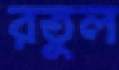
রতুল